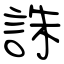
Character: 誅